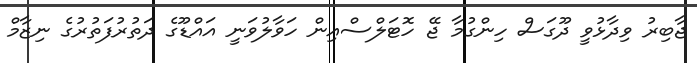
ޖާބިރު ވިދާޅުވީ ދޫގަސް ހިންގުމާ ޖޭ ހޮޓަލްސްއިން ހަވާލުވަނީ އައްޑޫގެ ދަތުރުފަތުރުގެ ނިޒާމް